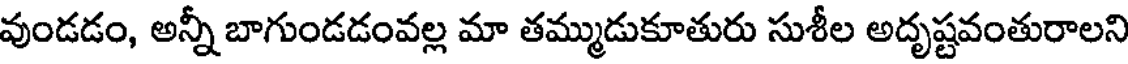
వుండడం, అన్నీ బాగుండడంవల్ల మా తమ్ముడుకూతురు సుశీల అదృష్టవంతురాలని